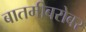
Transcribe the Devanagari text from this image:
बातमीबरोबर